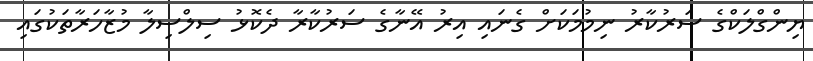
ޔިންގްލަކްގެ ސަރުކާރު ނިމުމަކަށް ގެނައި އިރު އޭނާގެ ސަރުކާރާ ދެކޮޅު ސިލްސިލާ މުޒާހަރާތަކުގައި